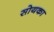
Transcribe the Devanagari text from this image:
सोयका